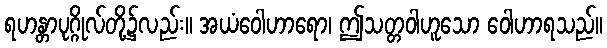
ရဟန္တာပုဂ္ဂိုလ်တို့၌လည်း။ အယံဝေါဟာရော၊ ဤသတ္တဝါဟူသော ဝေါဟာရသည်။